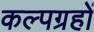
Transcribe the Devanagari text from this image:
कल्पग्रहों